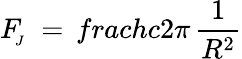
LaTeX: F_{\! _{J}}\ =\, frac{hc}{2\pi}\, \frac{1}{R^{2}}